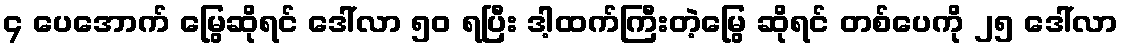
၄ ပေအောက် မြွေဆိုရင် ဒေါ်လာ ၅၀ ရပြီး ဒါ့ထက်ကြီးတဲ့မြွေ ဆိုရင် တစ်ပေကို ၂၅ ဒေါ်လာ